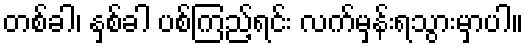
တစ်ခါ၊ နှစ်ခါ ပစ်ကြည့်ရင်း လက်မှန်းရသွားမှာပါ။